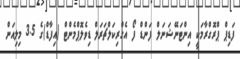
ފަޑިޕް ޕްރޮގްރާމަކީ އިންޓަނޭޝަނަލް ފަންޑް ފޯ އެގްރިކަލްޗަރަލް ޑިވެލޮޕްމެންޓް (އިފާޑް)ގެ 3.5 މިލިއަން